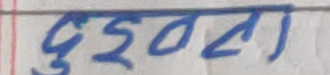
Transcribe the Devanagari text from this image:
भुईंदल